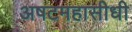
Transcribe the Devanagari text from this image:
अषटमहासीधी